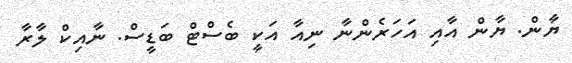
ޔާން. ޔާން އާއި އަހަރެންނާ ނިއާ އަކީ ބެސްޓް ބަޑީސް. ނާއިކް ލާރާ